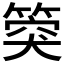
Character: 𥯝